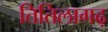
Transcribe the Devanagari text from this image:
तितिलागढ़